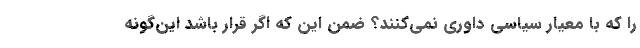
را که با معیار سیاسی داوری نمی‌کنند؟ ضمن این که اگر قرار باشد این‌گونه